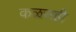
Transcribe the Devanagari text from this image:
कळसही